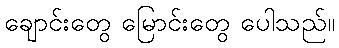
ချောင်းတွေ မြောင်းတွေ ပေါသည်။